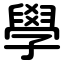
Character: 學